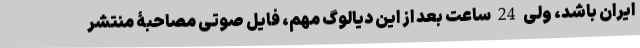
ایران باشد، ولی 24 ساعت بعد از این دیالوگ مهم، فایل صوتی مصاحبۀ منتشر